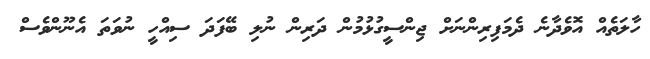
ހާލަތެއް އޮވެދާނެ ދެމަފިރިންނަށް ޖިންސީގުޅުމުން ދަރިން ނުލި ބޭފަދަ ސިއްހީ ނުވަތަ އެނޫންވެސް